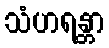
သံဟရန္တာ